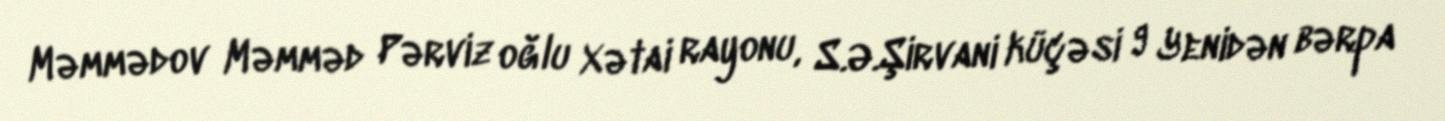
Məmmədov Məmməd Pərviz oğlu Xətai rayonu, S.Ə.Şirvani küçəsi 9 Yenidən bərpa